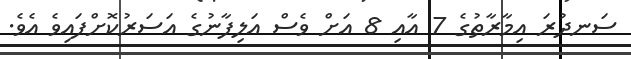
ސަނދުރަ އިމާރާތުގެ 7 އާއި 8 އަށް ވެސް އަލިފާނުގެ އަސަރުކޮށްފައިވެ އެވެ.